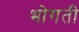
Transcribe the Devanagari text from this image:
भोगती